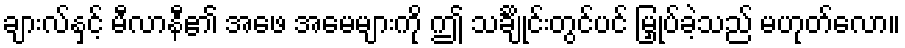
ချားလ်နှင့် မီလာနီ၏ အဖေ အမေများကို ဤ သင်္ချိုင်းတွင်ပင် မြှုပ်ခဲ့သည် မဟုတ်လော။